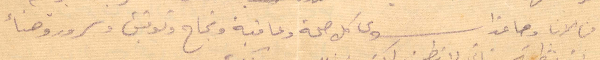
من الآن وصاعدًا سوى كل صحة وعافية ونجاح وتوفيق وسرور وهناء